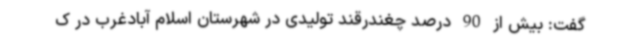
گفت: بیش از 90 درصد چغندرقند تولیدی در شهرستان اسلام آبادغرب در ک